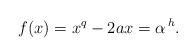
LaTeX: \begin{align*}f(x)=x^{q}-2ax=\alpha^{\,h}.\end{align*}